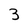
Character: 3